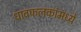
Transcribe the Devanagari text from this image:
धावफलकांमध्ये